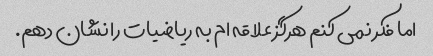
اما فکر نمی کنم هرگز علاقه ام به ریاضیات را نشان دهم.